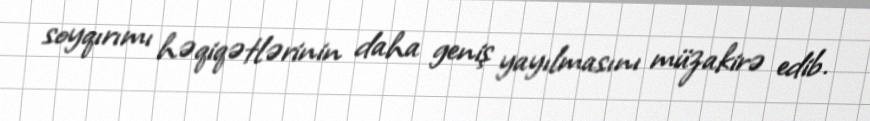
soyqırımı həqiqətlərinin daha geniş yayılmasını müzakirə edib.